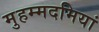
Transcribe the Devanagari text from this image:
मुहम्मदमियां